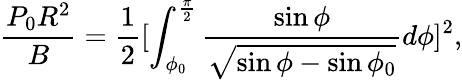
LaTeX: \frac{P_{0}R^{2}}{B}=\frac{1}{2}[\int_{\phi_{0}}^{\frac{\pi}{2}}\frac{\sin\phi}{\sqrt{\sin\phi-\sin\phi_{0}}}d\phi]^{2},